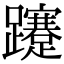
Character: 𨇥